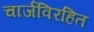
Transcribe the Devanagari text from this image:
चार्जविरहित